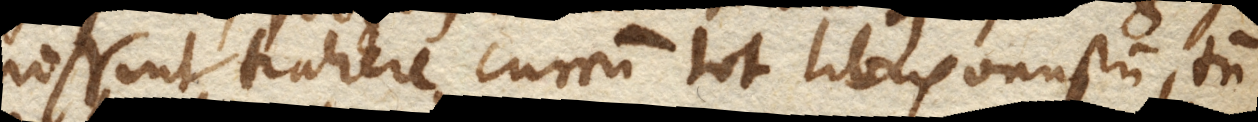
possint trahere currum tot libris onustum, tamen